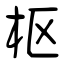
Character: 枢